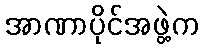
အာဏာပိုင်အဖွဲ့က